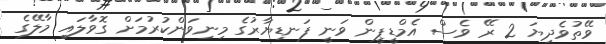
ވޭތުވެދިޔަ 2 ރޭ ވެސް އެމްޑީޕީން ވަނީ ފަނޑިޔާރުގެ މިނިވަންކުރުމަށް ގޮވާލައި މާލޭގެ